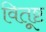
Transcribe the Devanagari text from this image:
वितूष्ट